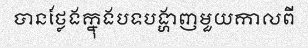
បានថ្លែងក្នុងបទបង្ហាញមួយកាលពី